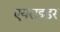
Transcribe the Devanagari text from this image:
एयराइडर